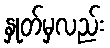
နှုတ်မှလည်း